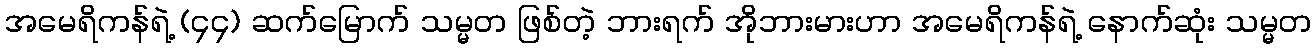
အမေရိကန်ရဲ့ (၄၄) ဆက်မြောက် သမ္မတ ဖြစ်တဲ့ ဘားရက် အိုဘားမားဟာ အမေရိကန်ရဲ့ နောက်ဆုံး သမ္မတ